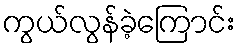
ကွယ်လွန်ခဲ့ကြောင်း